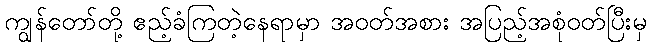
ကျွန်တော်တို့ ဧည့်ခံကြတဲ့နေရာမှာ အဝတ်အစား အပြည့်အစုံဝတ်ပြီးမှ